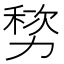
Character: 𫦷